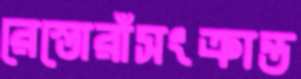
রেস্তোরাঁসংক্রান্ত